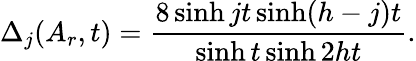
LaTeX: \Delta_{j}(A_{r},t)=\frac{8\sinh jt\sinh(h-j)t}{\sinh t\sinh 2ht}.